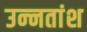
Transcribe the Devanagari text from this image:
उन्‍नतांश